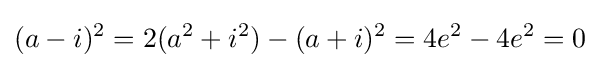
(a-i)^{2}=2(a^{2}+i^{2})-(a+i)^{2}=4e^{2}-4e^{2}=0